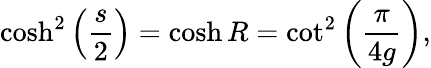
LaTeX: \cosh^{2}\left(\frac{s}{2}\right)=\cosh R=\cot^{2}\left(\frac{\pi}{4g}\right),